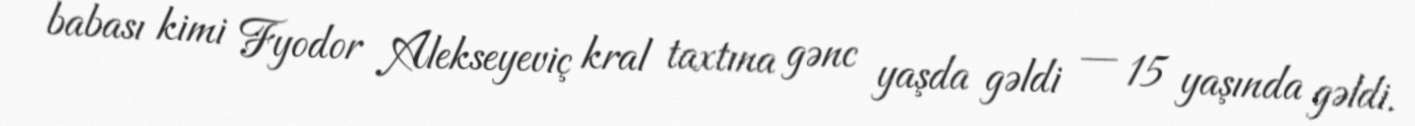
babası kimi Fyodor Alekseyeviç kral taxtına gənc yaşda gəldi — 15 yaşında gəldi.